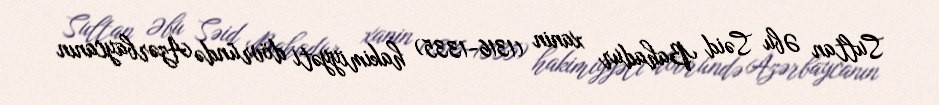
Sultan Əbu Səid Bahadur xanin (1316-1335) hakimiyyəti dövründə Azərbaycanın